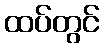
ထပ်တွင်